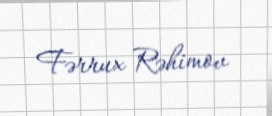
Fərrux Rəhimov